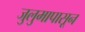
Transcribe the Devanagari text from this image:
जुलुमापासून